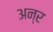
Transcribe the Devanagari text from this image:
अन्र